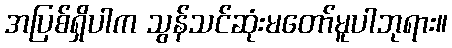
အပြစ်ရှိပါက သွန်သင်ဆုံးမတော်မူပါဘုရား။